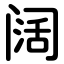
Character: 阔